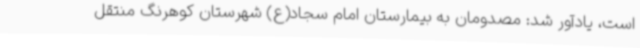
است، یادآور شد: مصدومان به بیمارستان امام سجاد(ع) شهرستان کوهرنگ منتقل